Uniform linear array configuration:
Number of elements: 24
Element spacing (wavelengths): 1
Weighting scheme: exponential
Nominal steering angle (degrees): -15
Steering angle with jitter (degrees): -13.159
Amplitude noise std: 0.05
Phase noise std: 0.05

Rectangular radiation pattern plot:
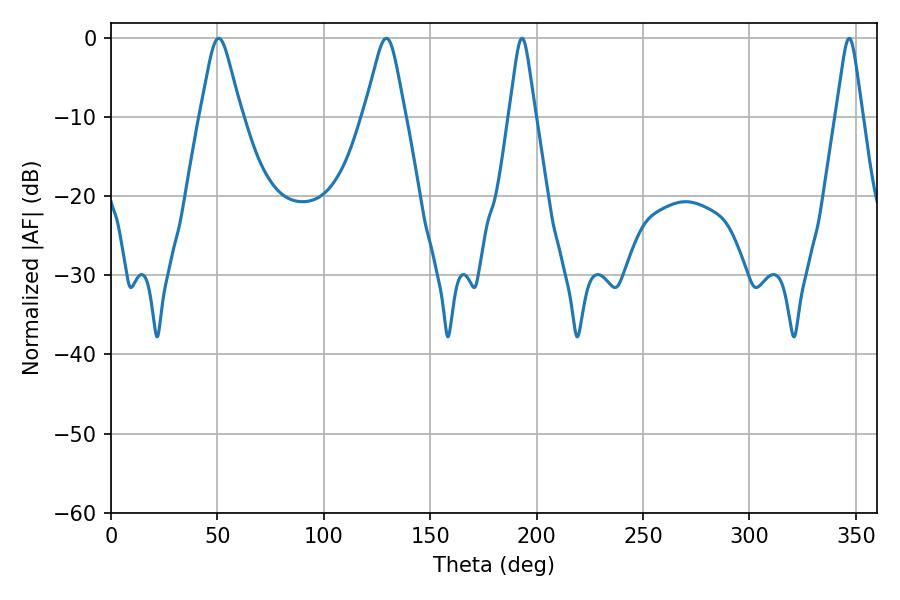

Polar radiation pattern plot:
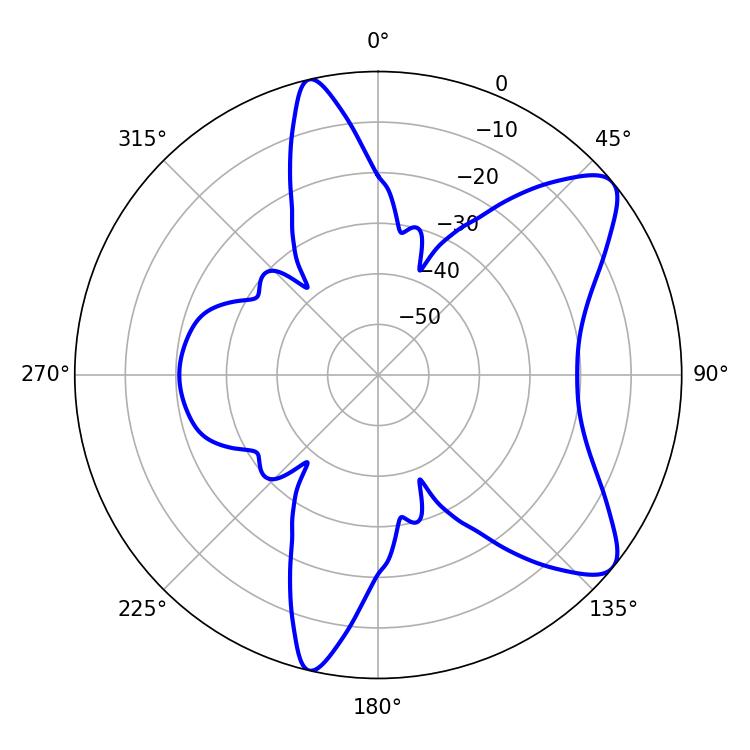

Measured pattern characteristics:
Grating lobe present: TRUE
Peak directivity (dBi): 9.057
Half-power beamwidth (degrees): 5.76
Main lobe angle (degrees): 193.14